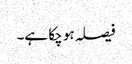
فیصلہ ہو چکا ہے۔